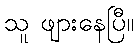
သူ ဖျားနေပြီ။